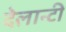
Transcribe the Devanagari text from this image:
देलान्टी